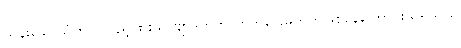
သန်းခေါင်ယံတွင် လှည့်ဖြားသူ ဗျာဒိတ်ကို တွက်ခြေမကိုက်ဖြစ်နေကြောင်းသိရသည်